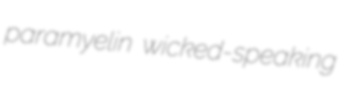
paramyelin wicked-speaking